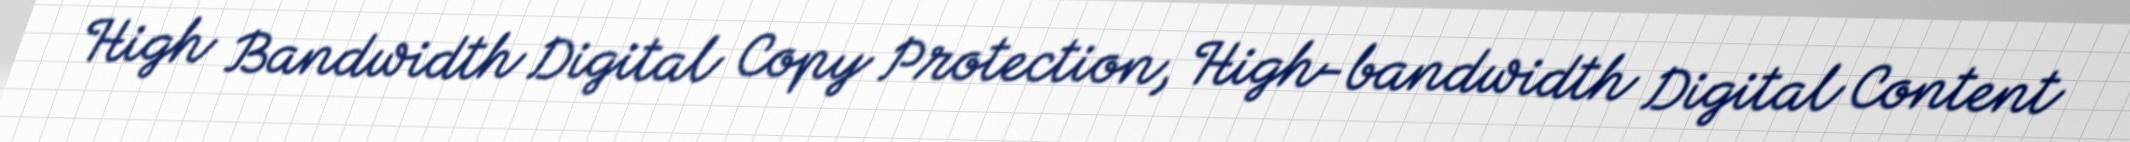
High Bandwidth Digital Copy Protection, High-bandwidth Digital Content